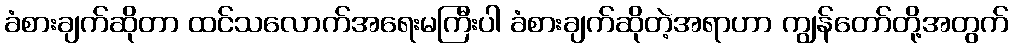
ခံစားချက်ဆိုတာ ထင်သလောက်အရေးမကြီးပါ ခံစားချက်ဆိုတဲ့အရာဟာ ကျွန်တော်တို့အတွက်